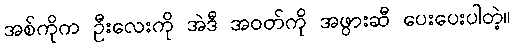
အစ်ကိုက ဦးလေးကို အဲဒီ အဝတ်ကို အဖွားဆီ ပေးပေးပါတဲ့။